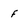
Character: f